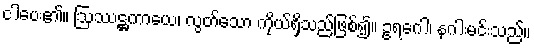
ငါပေး၏။ ဩဿဋ္ဌကာယေ၊ လွတ်သော ကိုယ်ရှိသည်ဖြစ်၍။ ဥရဂေါ၊ နဂါးမင်းသည်။